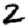
Digit: 2